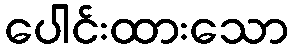
ပေါင်းထားသော